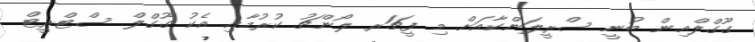
ގޫގްލްއިން ބުނީ ސްރީލަންކާއަށް މި ފީޗަރ ލޯންޗު ކުރުމާއި އެކު ގޫގްލް ސްޓްރީޓް